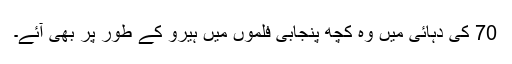
70 کی دہائی میں وہ کچھ پنجابی فلموں میں ہیرو کے طور پر بھی آئے۔